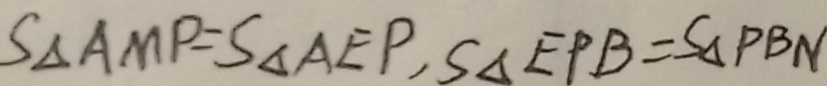
S _ { \Delta A M P } = S _ { \Delta A E P } , S _ { \Delta E P B } = S _ { \Delta P B N }